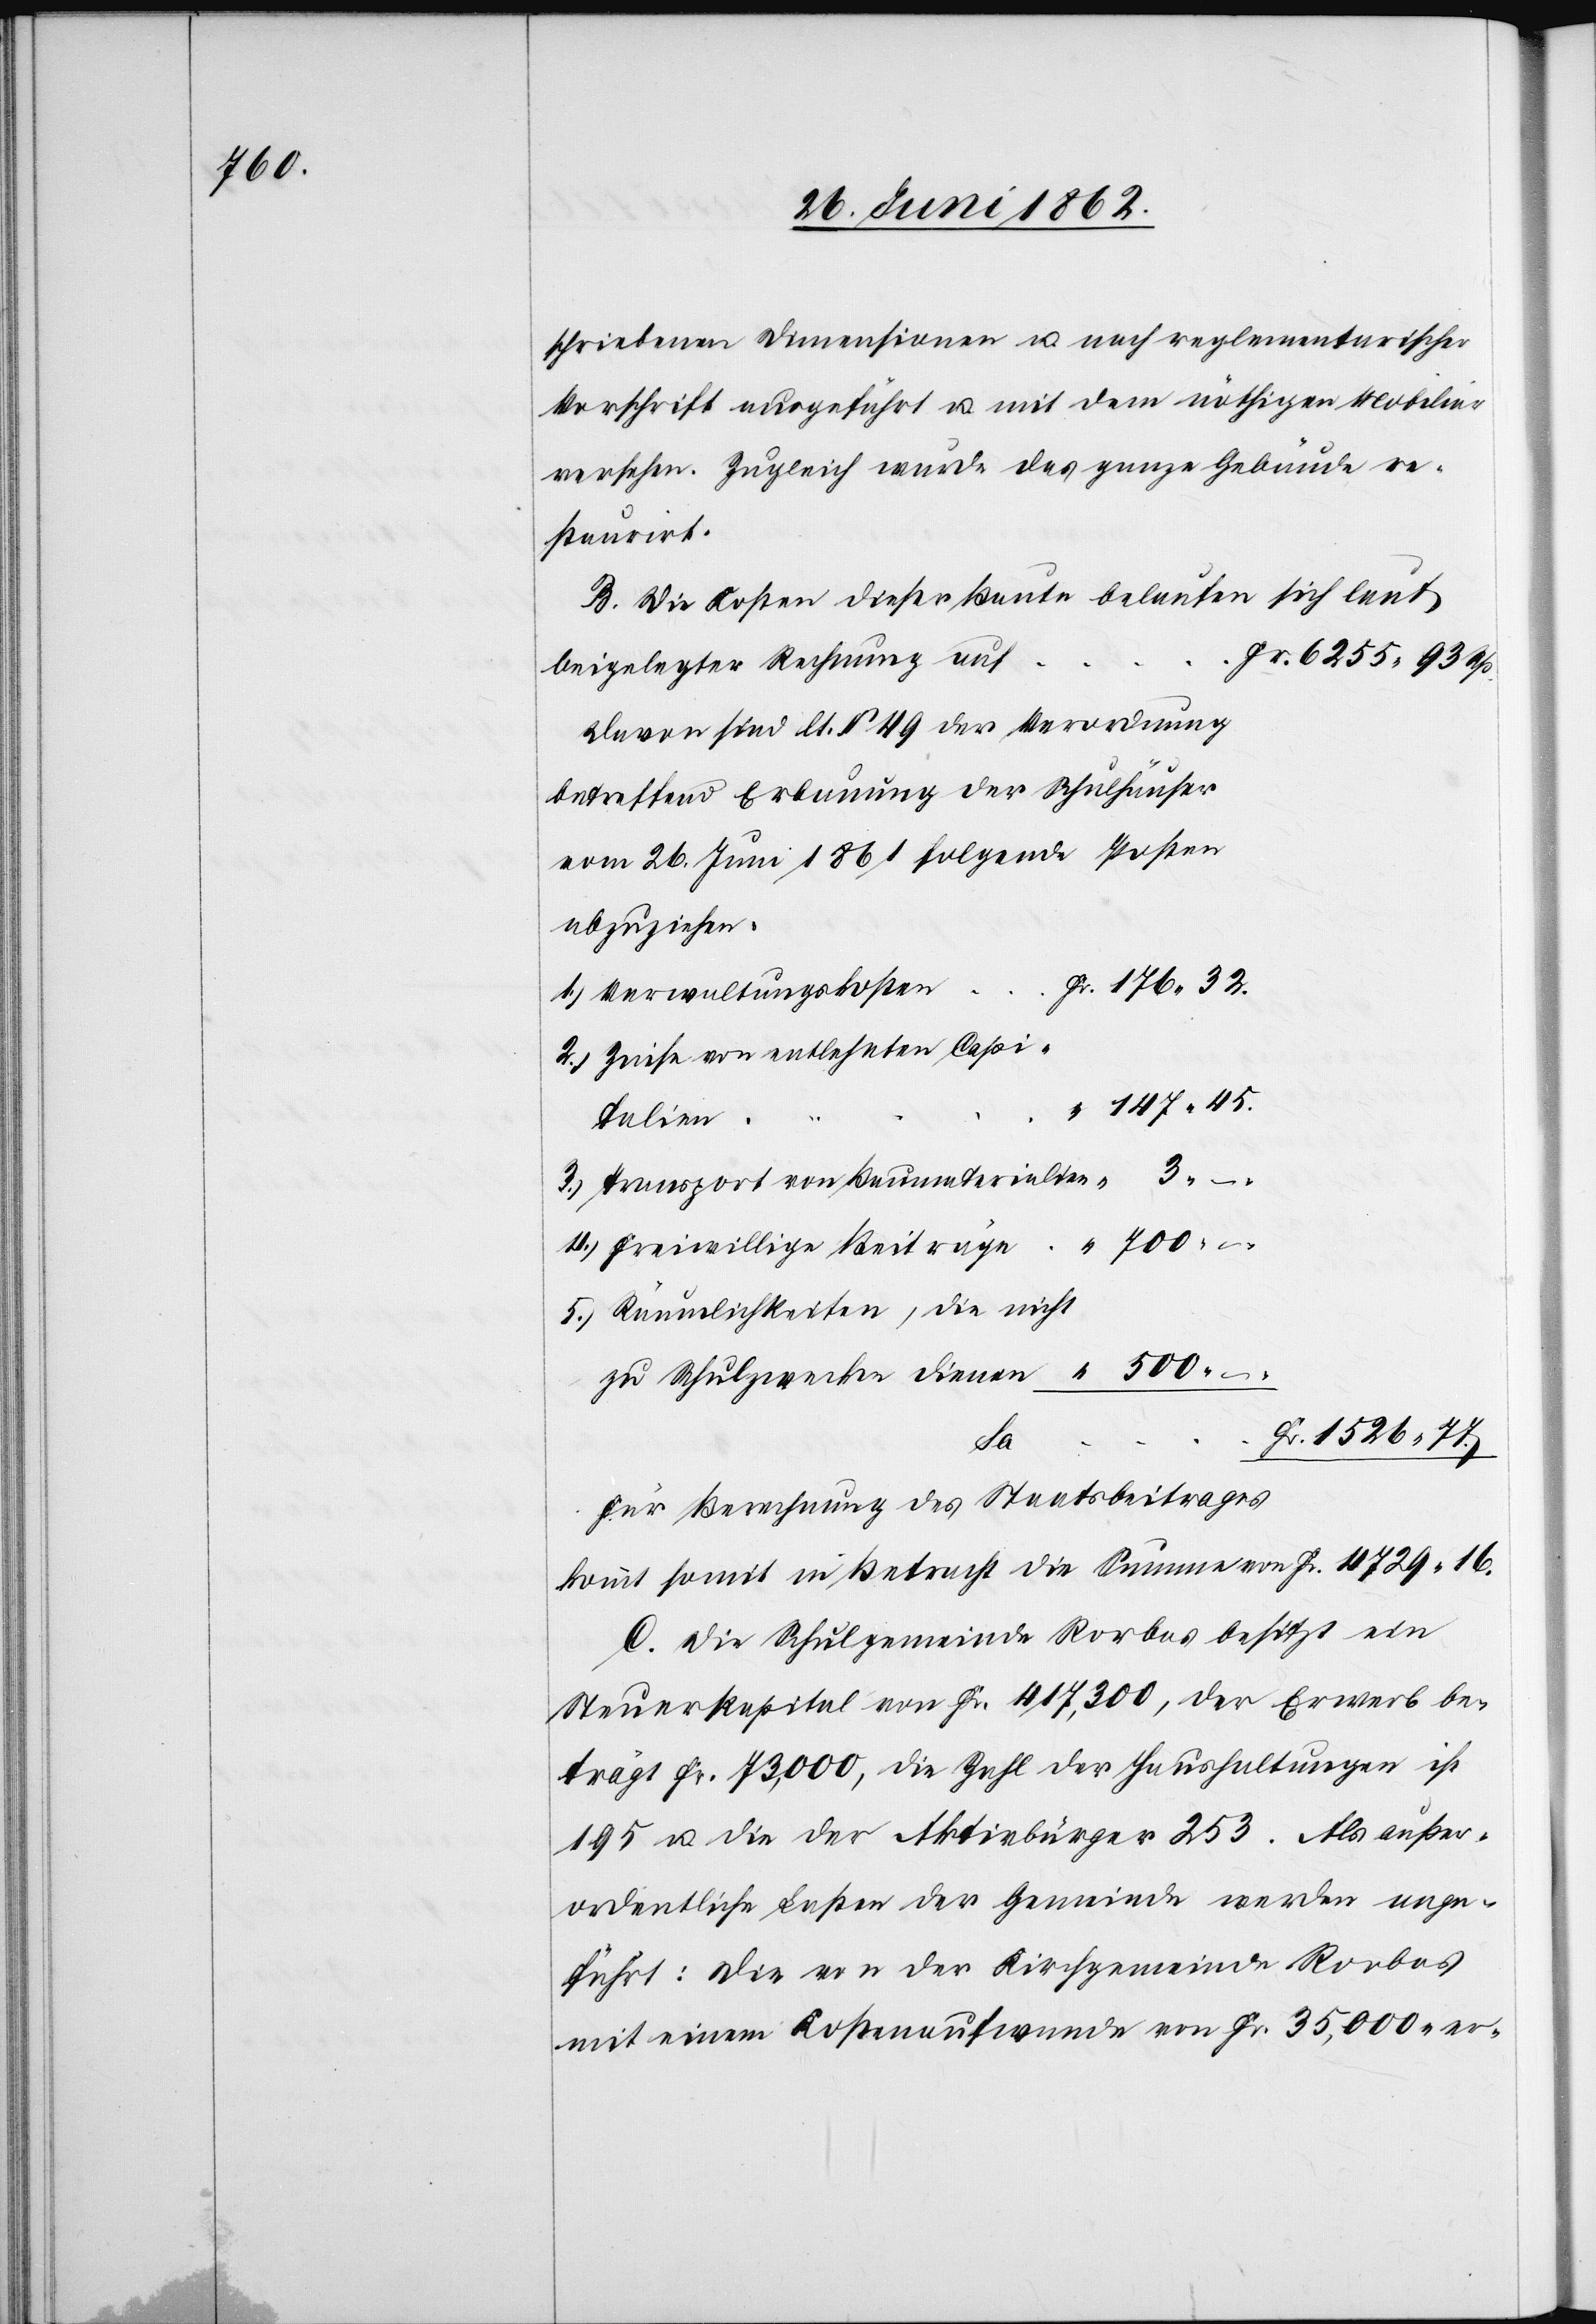
700

schriebenen Dimensionen u. nach reglementarischer
Vorschrift ausgeführt u. mit dem nöthigen Mobiliar
versehen. Zugleich wurde das ganze Gebäude re¬
staurirt.
B. Die Kosten dieser Baute belaufen sich laut
beigelegter Rechnung auf
Davon sind lt. § 49 der Verordnung
betreffend Erbauung der Schulhäuser
vom 26. Juni 1861 folgende Posten
abzuziehen.
1. Verwaltungskosten
2. Zinse von entlehnten Capi¬
talien
3. Transport von Baumaterialien
5. Räumlichkeiten, die nicht
zu Schulzwecken dienen
Fr.
Für Berechnung des Staatsbeitrages
kommt somit in Betracht die Summe von Fr. 4729 16[Rp.]
C. Die Schulgemeinde Rorbas besitzt ein
Steuerkapital von Fr. 417,300, der Erwerb be¬
trägt Fr. 73,000, die Zahl der Haushaltungen ist
195 u. die der Aktivbürger 253. Als außer¬
ordentliche Lasten der Gemeinde werden ange¬
führt: Die von der Kirchgemeinde Rorbas
mit einem Kostenaufwande von Fr. 35,000 er-